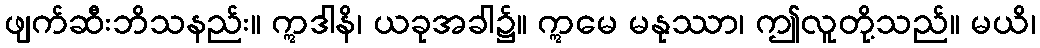
ဖျက်ဆီးဘိသနည်း။ ဣဒါနိ၊ ယခုအခါ၌။ ဣမေ မနုဿာ၊ ဤလူတို့သည်။ မယိ၊